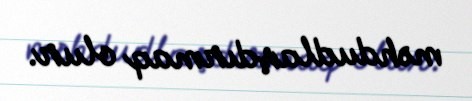
məhdudlaşdırmaq olur.